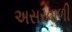
અસરવાળી